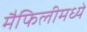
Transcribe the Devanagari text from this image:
मैफिलीमध्ये